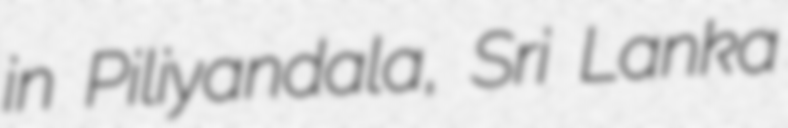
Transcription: in Piliyandala, Sri Lanka